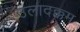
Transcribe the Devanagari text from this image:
उलादक्कम